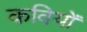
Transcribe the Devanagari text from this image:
कवियोँ